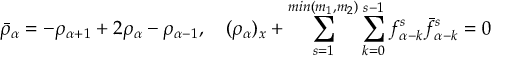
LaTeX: \bar { \rho } _ { \alpha } = - \rho _ { \alpha + 1 } + 2 \rho _ { \alpha } - \rho _ { \alpha - 1 } , \quad ( \rho _ { \alpha } ) _ { x } + \sum _ { s = 1 } ^ { m i n ( m _ { 1 } , m _ { 2 } ) } \sum _ { k = 0 } ^ { s - 1 } f _ { \alpha - k } ^ { s } \bar { f } _ { \alpha - k } ^ { s } = 0